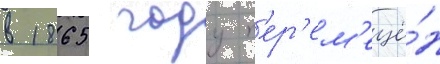
в 1865 году п'ер'ем'ещё́н